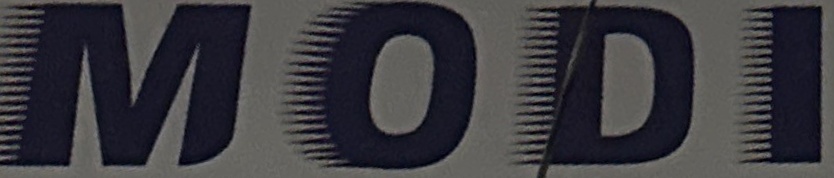
MODI